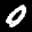
Label: 0